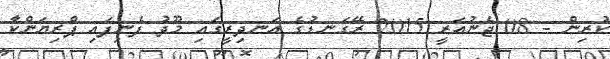
ކުރިން - 08 ޖެނުއަރީ 2015 ރޭގަނޑުގެ އަނދިރީގައި މޫދު ފެނިފައި ޕްރިޔަންކާ